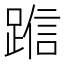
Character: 𬦿